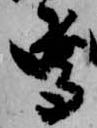
尊